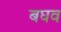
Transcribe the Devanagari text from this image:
बघव